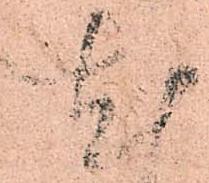
尤